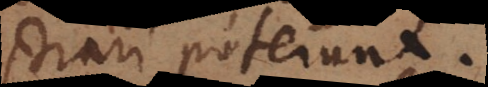
demonstrari poterunt.